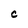
Character: C